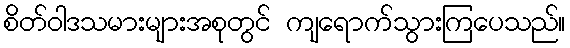
စိတ်ဝါဒသမားများအစုတွင် ကျရောက်သွားကြပေသည်။